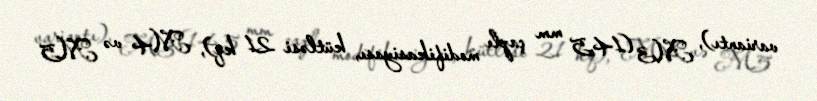
variantı), M3 (14,5 mm çaplı modifikasiyası, kütləsi 21 kq), M4 və M5